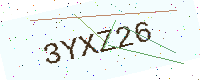
Text: 3YXZ26